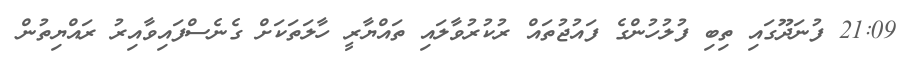
21:09 ފުނަދޫގައި ތިބި ފުލުހުންގެ ފައުޖުތައް ރުކުރުވާލައި ތައްޔާރީ ހާލަތަކަށް ގެނެސްފައިވާއިރު ރައްޔިތުން